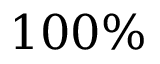
1 0 0 \%